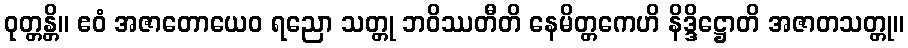
ဝုတ္တန္တိ။ ဧဝံ အဇာတောယေဝ ရညော သတ္တု ဘဝိဿတီတိ နေမိတ္တကေဟိ နိဒ္ဒိဋ္ဌောတိ အဇာတသတ္တု။